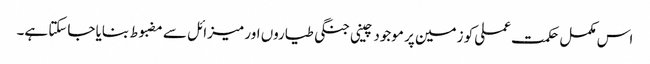
اس مکمل حکمت عملی کو زمین پر موجود چینی جنگی طیاروں اور میزائل سے مضبوط بنایا جاسکتا ہے۔